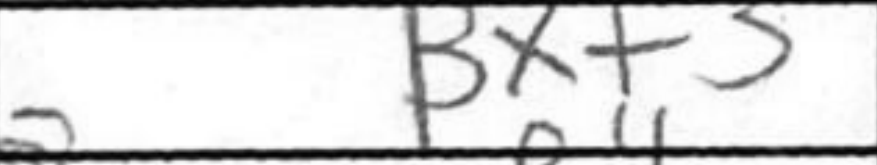
Transcription: Bxf3